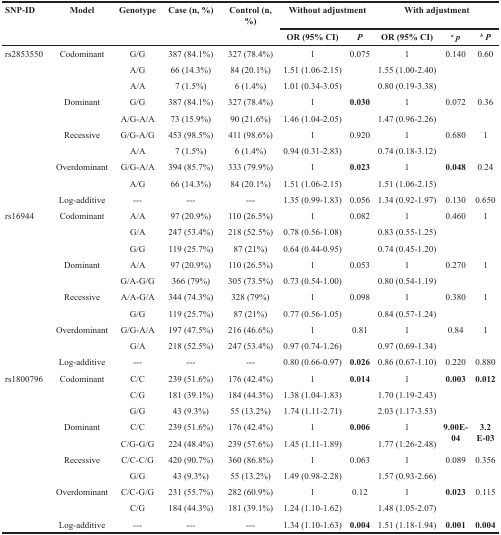
<table><thead><tr><td rowspan="2"><b>SNP-ID</b></td><td rowspan="2"><b>Model</b></td><td rowspan="2"><b>Genotype</b></td><td rowspan="2"><b>Case (n, %)</b></td><td rowspan="2"><b>Control (n, %)</b></td><td colspan="2"><b>Without adjustment</b></td><td colspan="3"><b>With adjustment</b></td></tr><tr><td><b>OR (95% CI)</b></td><td><b><i>P</i></b></td><td><b>OR (95% CI)</b></td><td><b><i><sup>a</sup> p</i></b></td><td><b><i><sup>b</sup> P</i></b></td></tr></thead><tbody><tr><td rowspan="10">rs2853550</td><td rowspan="3">Codominant</td><td>G/G</td><td>387 (84.1%)</td><td>327 (78.4%)</td><td>1</td><td rowspan="3">0.075</td><td>1</td><td rowspan="3">0.140</td><td rowspan="3">0.60</td></tr><tr><td>A/G</td><td>66 (14.3%)</td><td>84 (20.1%)</td><td>1.51 (1.06-2.15)</td><td>1.55 (1.00-2.40)</td></tr><tr><td>A/A</td><td>7 (1.5%)</td><td>6 (1.4%)</td><td>1.01 (0.34-3.05)</td><td>0.80 (0.19-3.38)</td></tr><tr><td rowspan="2">Dominant</td><td>G/G</td><td>387 (84.1%)</td><td>327 (78.4%)</td><td>1</td><td rowspan="2"><b>0.030</b></td><td>1</td><td>0.072</td><td rowspan="2">0.36</td></tr><tr><td>A/G-A/A</td><td>73 (15.9%)</td><td>90 (21.6%)</td><td>1.46 (1.04-2.05)</td><td>1.47 (0.96-2.26)</td><td>[EMPTY_CELL]</td></tr><tr><td rowspan="2">Recessive</td><td>G/G-A/G</td><td>453 (98.5%)</td><td>411 (98.6%)</td><td>1</td><td rowspan="2">0.920</td><td>1</td><td rowspan="2">0.680</td><td rowspan="2">1</td></tr><tr><td>A/A</td><td>7 (1.5%)</td><td>6 (1.4%)</td><td>0.94 (0.31-2.83)</td><td>0.74 (0.18-3.12)</td></tr><tr><td rowspan="2">Overdominant</td><td>G/G-A/A</td><td>394 (85.7%)</td><td>333 (79.9%)</td><td>1</td><td rowspan="2"><b>0.023</b></td><td>1</td><td rowspan="2"><b>0.048</b></td><td rowspan="2">0.24</td></tr><tr><td>A/G</td><td>66 (14.3%)</td><td>84 (20.1%)</td><td>1.51 (1.06-2.15)</td><td>1.51 (1.06-2.15)</td></tr><tr><td>Log-additive</td><td>---</td><td>---</td><td>---</td><td>1.35 (0.99-1.83)</td><td>0.056</td><td>1.34 (0.92-1.97)</td><td>0.130</td><td>0.650</td></tr><tr><td rowspan="10">rs16944</td><td rowspan="3">Codominant</td><td>A/A</td><td>97 (20.9%)</td><td>110 (26.5%)</td><td>1</td><td rowspan="3">0.082</td><td>1</td><td rowspan="3">0.460</td><td rowspan="3">1</td></tr><tr><td>G/A</td><td>247 (53.4%)</td><td>218 (52.5%)</td><td>0.78 (0.56-1.08)</td><td>0.83 (0.55-1.25)</td></tr><tr><td>G/G</td><td>119 (25.7%)</td><td>87 (21%)</td><td>0.64 (0.44-0.95)</td><td>0.74 (0.45-1.20)</td></tr><tr><td rowspan="2">Dominant</td><td>A/A</td><td>97 (20.9%)</td><td>110 (26.5%)</td><td>1</td><td rowspan="2">0.053</td><td>1</td><td rowspan="2">0.270</td><td rowspan="2">1</td></tr><tr><td>G/A-G/G</td><td>366 (79%)</td><td>305 (73.5%)</td><td>0.73 (0.54-1.00)</td><td>0.80 (0.54-1.19)</td></tr><tr><td rowspan="2">Recessive</td><td>A/A-G/A</td><td>344 (74.3%)</td><td>328 (79%)</td><td>1</td><td rowspan="2">0.098</td><td>1</td><td rowspan="2">0.380</td><td rowspan="2">1</td></tr><tr><td>G/G</td><td>119 (25.7%)</td><td>87 (21%)</td><td>0.77 (0.56-1.05)</td><td>0.84 (0.57-1.24)</td></tr><tr><td rowspan="2">Overdominant</td><td>G/G-A/A</td><td>197 (47.5%)</td><td>216 (46.6%)</td><td>1</td><td rowspan="2">0.81</td><td>1</td><td rowspan="2">0.84</td><td rowspan="2">1</td></tr><tr><td>G/A</td><td>218 (52.5%)</td><td>247 (53.4%)</td><td>0.97 (0.74-1.26)</td><td>0.97 (0.69-1.34)</td></tr><tr><td>Log-additive</td><td>---</td><td>---</td><td>---</td><td>0.80 (0.66-0.97)</td><td><b>0.026</b></td><td>0.86 (0.67-1.10)</td><td>0.220</td><td>0.880</td></tr><tr><td rowspan="10">rs1800796</td><td rowspan="3">Codominant</td><td>C/C</td><td>239 (51.6%)</td><td>176 (42.4%)</td><td>1</td><td rowspan="3"><b>0.014</b></td><td>1</td><td rowspan="3"><b>0.003</b></td><td rowspan="3"><b>0.012</b></td></tr><tr><td>C/G</td><td>181 (39.1%)</td><td>184 (44.3%)</td><td>1.38 (1.04-1.83)</td><td>1.70 (1.19-2.43)</td></tr><tr><td>G/G</td><td>43 (9.3%)</td><td>55 (13.2%)</td><td>1.74 (1.11-2.71)</td><td>2.03 (1.17-3.53)</td></tr><tr><td rowspan="2">Dominant</td><td>C/C</td><td>239 (51.6%)</td><td>176 (42.4%)</td><td>1</td><td rowspan="2"><b>0.006</b></td><td>1</td><td rowspan="2"><b>9.00E-04</b></td><td rowspan="2"><b>3.2 E-03</b></td></tr><tr><td>C/G-G/G</td><td>224 (48.4%)</td><td>239 (57.6%)</td><td>1.45 (1.11-1.89)</td><td>1.77 (1.26-2.48)</td></tr><tr><td rowspan="2">Recessive</td><td>C/C-C/G</td><td>420 (90.7%)</td><td>360 (86.8%)</td><td>1</td><td rowspan="2">0.063</td><td>1</td><td rowspan="2">0.089</td><td rowspan="2">0.356</td></tr><tr><td>G/G</td><td>43 (9.3%)</td><td>55 (13.2%)</td><td>1.49 (0.98-2.28)</td><td>1.57 (0.93-2.66)</td></tr><tr><td rowspan="2">Overdominant</td><td>C/C-G/G</td><td>231 (55.7%)</td><td>282 (60.9%)</td><td>1</td><td rowspan="2">0.12</td><td>1</td><td rowspan="2"><b>0.023</b></td><td rowspan="2">0.115</td></tr><tr><td>C/G</td><td>184 (44.3%)</td><td>181 (39.1%)</td><td>1.24 (1.10-1.62)</td><td>1.48 (1.05-2.07)</td></tr><tr><td>Log-additive</td><td>---</td><td>---</td><td>---</td><td>1.34 (1.10-1.63)</td><td><b>0.004</b></td><td>1.51 (1.18-1.94)</td><td><b>0.001</b></td><td><b>0.004</b></td></tr></tbody></table>